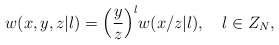
\begin{align*}w(x,y,z|l)={\Bigl(}{y\over z}{\Bigr)}^l w(x/z|l),\quad l\in Z_N, \end{align*}